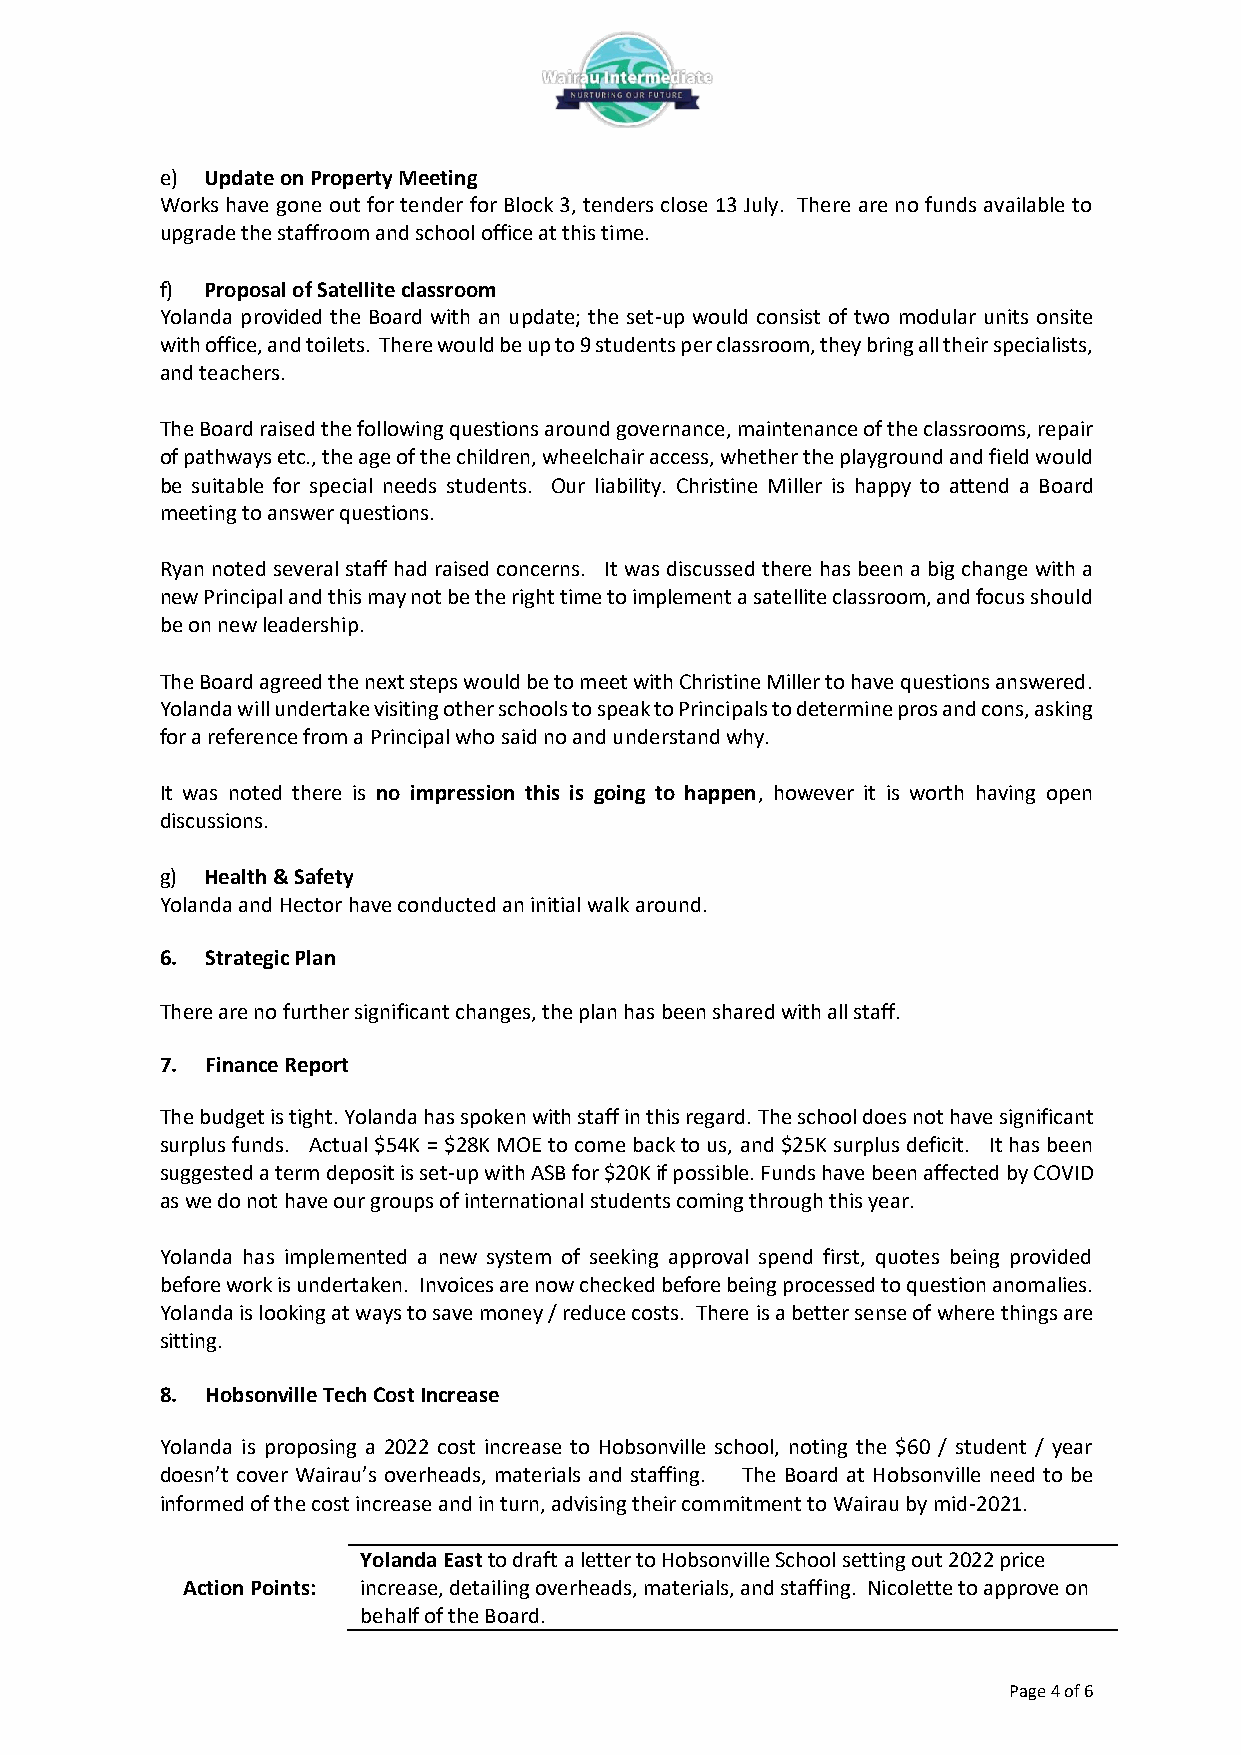
e) Update on Property Meeting
 Works have gone out for tender for Block 3, tenders close 13 July. There are no funds available to
 upgrade the staffroom and school office at this time.
 f) Proposal of Satellite classroom
 Yolanda provided the Board with an update; the set-up would consist of two modular units onsite
 with office, and toilets. There would be up to 9 students per classroom, they bring all their specialists,
 and teachers.
 The Board raised the following questions around governance, maintenance of the classrooms, repair
 of pathways etc., the age of the children, wheelchair access, whether the playground and field would
 be suitable for special needs students. Our liability. Christine Miller is happy to attend a Board
 meeting to answer questions.
 Ryan noted several staff had raised concerns. It was discussed there has been a big change with a
 new Principal and this may not be the right time to implement a satellite classroom, and focus should
 be on new leadership.
 The Board agreed the next steps would be to meet with Christine Miller to have questions answered.
 Yolanda will undertake visiting other schools to speak to Principals to determine pros and cons, asking
 for a reference from a Principal who said no and understand why.
 It was noted there is no impression this is going to happen, however it is worth having open
 discussions.
 g) Health & Safety
 Yolanda and Hector have conducted an initial walk around.
 6. Strategic Plan
 There are no further significant changes, the plan has been shared with all staff.
 7. Finance Report
 The budget is tight. Yolanda has spoken with staff in this regard. The school does not have significant
 surplus funds. Actual $54K = $28K MOE to come back to us, and $25K surplus deficit. It has been
 suggested a term deposit is set-up with ASB for $20K if possible. Funds have been affected by COVID
 as we do not have our groups of international students coming through this year.
 Yolanda has implemented a new system of seeking approval spend first, quotes being provided
 before work is undertaken. Invoices are now checked before being processed to question anomalies.
 Yolanda is looking at ways to save money / reduce costs. There is a better sense of where things are
 sitting.
 8. Hobsonville Tech Cost Increase
 Yolanda is proposing a 2022 cost increase to Hobsonville school, noting the $60 / student / year
 doesn’t cover Wairau’s overheads, materials and staffing. The Board at Hobsonville need to be
 informed of the cost increase and in turn, advising their commitment to Wairau by mid-2021.
 Yolanda East to draft a letter to Hobsonville School setting out 2022 price
 Action Points: increase, detailing overheads, materials, and staffing. Nicolette to approve on
 behalf of the Board.
 Page 4 of 6